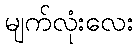
မျက်လုံးလေး